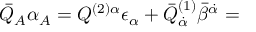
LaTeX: { \bar { Q } } _ { A } \alpha _ { A } = Q ^ { ( 2 ) \alpha } \epsilon _ { \alpha } + { \bar { Q } } _ { { \dot { \alpha } } } ^ { ( 1 ) } { \bar { \beta } } ^ { { \dot { \alpha } } } =